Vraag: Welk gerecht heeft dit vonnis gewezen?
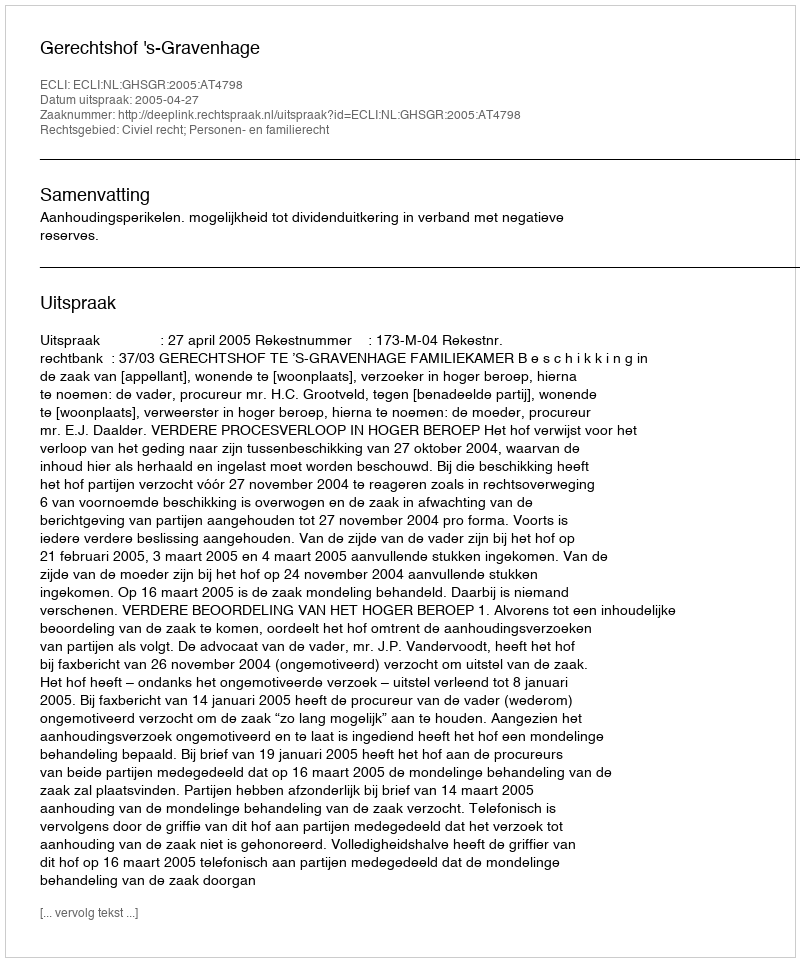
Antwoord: Gerechtshof 's-Gravenhage